Medical and sanitary report of the native army of Bengal for the year
Year: 1876
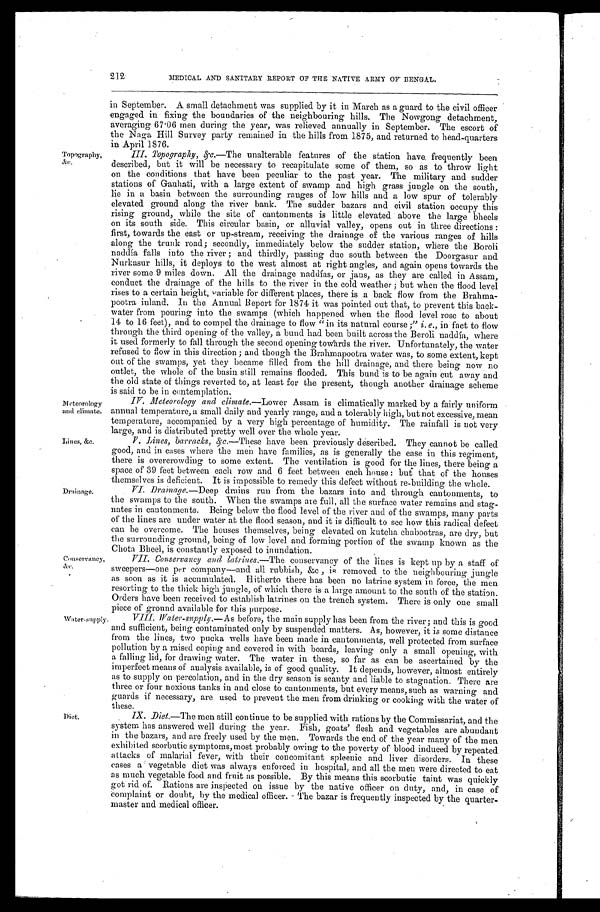
212
MEDICAL AND SANITARY REPORT OF THE NATIVE ARMY OF BENGAL.
Topography,
&c.
Meteorology
and climate,
Lines, &c.
Drainage.
Conservancy,
&c.
in September. A small detachment was supplied by it in March as a guard to the civil officer
engaged in fixing the boundaries of the neighbouring hills. The Nowgong detachment,
averaging 67 . 06 men during the year, was relieved annually in September. The escort of
the Naga Hill Survey party remained in the hills from 1875, and returned to head-quarters
in Anril 1876.
III. Topography, &c. —The unalterable features of the station have. frequently been
described, but it will be necessary to recapitulate some of them, so as to throw light
on the conditions that have been peculiar to the past year. The military and sudder
stations of Gauhati, with a large extent of swamp and high grass jungle on the south,
lie in a basin between the surrounding ranges of low hills and a low spur of tolerably
elevated ground along the river bank. The sudder bazars and civil station occupy this
rising ground, while the site of cantonments is little elevated above the large bheels
on its south side. This circular basin, or alluvial valley, opens out in three directions :
first, towards the east or up-stream, receiving the drainage of the various ranges of hills
along the trunk road; secondly, immediately below the sudder station, where the Boroli
naddía falls into the river ; and thirdly, passing due south between the Doorgasur and
Nurkasur hills, it deploys to the west almost at right angles, and again opens towards the
river some 9 miles down. All the drainage naddías, or jans, as they are called in Assam,
conduct the drainage of the hills to the river in the cold weather ; but when the flood level
rises to a certain height, Variable for different places, there is a back flow from the Brahma--
pootra inland. In the Annual Beport for 1874 it was pointed out that, to prevent this back--
water from pouring into the swamps (which happened when the flood level rose to about
14 to 16 feet), and to compel the drainage to flow " in its natural course ;" i.e., in fact to flow
through the third opening of the valley, a bund had been built across the Beroli naddía, where
it used formerly to fall through the second opening towards the river. Unfortunately, the water
refused to flow in this direction; and though the Brahmapootra water was, to some extent, kept
out of the swamps, yet they became filled from the hill drainage, and there being now no
outlet, the whole of the basin still remains flooded. This bund is to be again cut away and
the old state of things reverted to, at least for the present, though another drainage scheme
is said to be in contemplation.
IV. Meteorology and climate. —Lower Assam is climatically marked by a fairly uniform
annual temperature, a small daily and yearly range, and a tolerably high, but not excessive, mean
temperature, accompanied by a very high percentage of humidity. The rainfall is not very
large, and is distributed pretty well over the whole year.
V . L i n e s , b a r r a c k s , & c .
— T h e s e
h a v e b e e n p r e v i o u s l y d e s c r i b e d . T h e y c a n n o t b e c a l l e d
good, and in cases where the men have families, as is generally the case in this regiment,
there is overcrowding to some extent. The ventilation is good for the lines, there being a
space of' 39 feet between each row and 6 feet between each house : but that of the houses
themselves is deficient. It is impossible to remedy this defect without re-building the whole.
VI. Drainage. —Deep drains run from the bazars into and through cantonments, to
the swamps to the south. When the swamps are full, all the surface water remains and stag-
- n a t e s i n c a n t o n m e n t s . B e i n g b e l o w t h e f l o o d l e v e l o f t h e r i v e r a n d o f t h e s w a m p s , m a n y p a r t s
of the lines are under water at the flood season, and it is difficult to see how this radical defect
can be overcome. The houses themselves, being elevated on kutcha chabootras, are dry, but
the surrounding ground, being of low level and forming portion of the swamp known as the
Chota Bheel, is constantly exposed to inundation.
VII. Conservancy and latrines.—The conservancy of the lines is kept up by a staff of
sweepers—one per company—and all rubbish, &c , is removed to the neighbouring jungle
as soon as it is accumulated. Hitherto there has been no latrine system in force, the men
resorting to the thick high jungle, of which there is a large amount to the south of the station.
Orders have been received to establish latrines on the trench system. There is only one small
Piece of ground available for ibis purpose.
Water-supply.
Diet.
VIII. Water-supply. —As before, the main supply has been from the river ; and this is good
and sufficient, being contaminated only by suspended matters. As, however, it is some distance
from the lines, two pucka wells have been made in cantonments, well protected from surface
pollution by a raised coping and covered in with boards, leaving only a small opening, with
a falling lid, for drawing water. The water in these, so far as can be ascertained by the
imperfect means of analysis available, is of good quality. It depends, however, almost entirely
as to supply on percolation, and in the dry season is scanty and liable to stagnation. There are
three or four noxious tanks in and close to cantonments, but every means, such as warning and
guards if necessary, are used to prevent the men from drinking or cooking with the water of
these.
IX. Dial.—The men still continue to be supplied with rations by the Commissariat, and the
system has answered well during the year. Fish, goats' flesh and vegetables are abundant
in the bazars, and are freely used by the men. Towards the end of the year many of the men
exhibited scorbutic symptoms, most probably owing to the poverty of blood induced by repeated
attacks of malarial fever, with their concomitant spleenic and liver disorders. In these
cases a vegetable diet was always enforced in hospital, and all the men were directed to eat
as much vegetable food and fruit as possible. By this means this scorbutic taint was quickly
got rid of. Rations are inspected on issue by the native officer on duty, and, in case of
complaint or doubt, by the medical officer. The bazar is frequently inspected by the quarter--
master and medical officer.